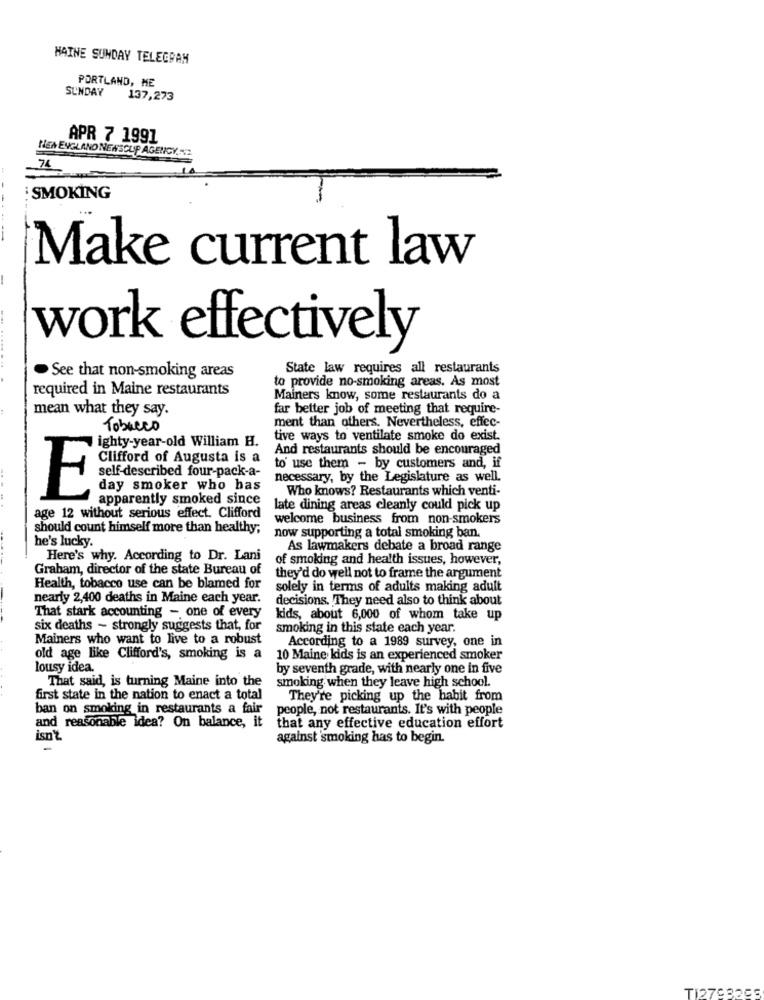
HAINE SUNDAY TELEGRAM
PORTLAND, ME
SUNDAY
137,273
APR 7 1991
NEN ENGLAND NEWSCUP AGENCY. ...
: SMOKING
Make current law
work effectively
State law requires all restaurants
See that non-smoking areas
to provide no-smoking areas. As most
required in Maine restaurants
Mainers know, some restaurants do a
mean what they say.
far better job of meeting that require-
ment than others. Nevertheless, effec-
Tobacco
tive ways to ventilate smoke do exist.
ighty-year-old William H.
And restaurants should be encouraged
Clifford of Augusta is a
to' use them - by customers and, if
self-described four-pack-a-
necessary, by the Legislature as well.
day smoker who has
Who knows? Restaurants which venti-
E
apparently smoked since
late dining areas cleanly could pick up
age 12 without serious effect. Clifford
welcome business from non-smokers
should count himself more than healthy;
now supporting a total smoking ban.
he's lucky.
As lawmakers debate a broad range
Here's why. According to Dr. Lani
of smoking and health issues, however,
Graham, director of the state Bureau of
they'd do well not to frame the argument
Health, tobacco use can be blamed for
solely in terms of adults making adult
nearly 2,400 deaths in Maine each year.
decisions. They need also to think about
That stark accounting - one of every
kids, about 6,000 of whom take up
six deaths ~ strongly suggests that, for
smoking in this state each year.
Mainers who want to live to a robust
According to a 1989 survey, one in
old age like Clifford's, smoking is a
10 Maine kids is an experienced smoker
lousy idea.
by seventh grade, with nearly one in five
That said, is turning Maine into the
smoking when they leave high school.
first state in the nation to enact a total
They're picking up the habit from
ban on smoking in restaurants a fair
people, not restaurants. It's with people
and reasonable idea? On balance, it
that any effective education effort
isn't
against smoking has to begin.
TI27033CE